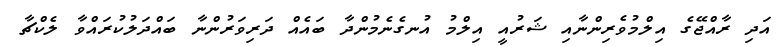
އަދި ރާއްޖޭގެ އިލްމުވެރިންނާއި ޝަރުއީ އިލްމު އުނގެނެމުންދާ ބައެއް ދަރިވަރުންނާ ބައްދަލުކުރައްވާ ލެކްޗާ